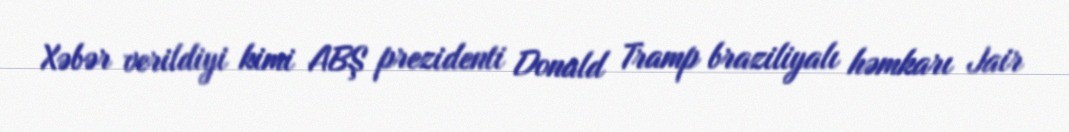
Xəbər verildiyi kimi ABŞ prezidenti Donald Tramp braziliyalı həmkarı Jair